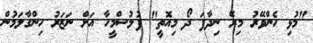
"މުޅި ހެންވޭރު މިރޭ ނިދާފަ ދޯ މިއޮތީ" ފުލުސްމީހާ އަށް ނަޒަރު ހިންގާލަމުން